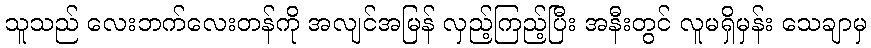
သူသည် လေးဘက်လေးတန်ကို အလျင်အမြန် လှည့်ကြည့်ပြီး အနီးတွင် လူမရှိမှန်း သေချာမှ